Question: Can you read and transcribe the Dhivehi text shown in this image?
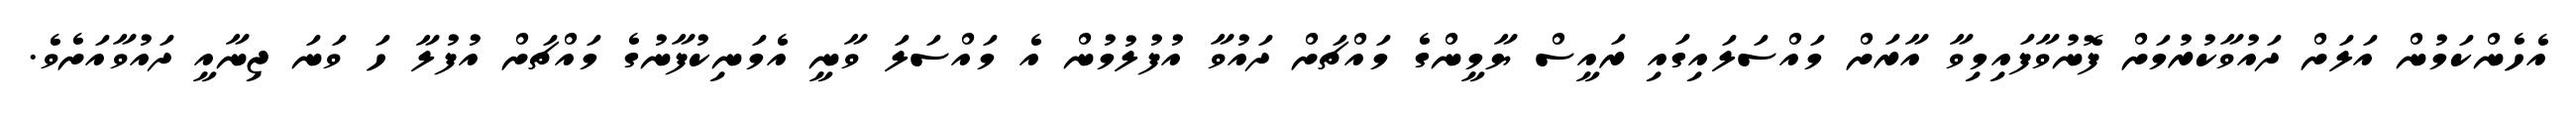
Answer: އެހެންކަމުން އަލަށް ދައުވާކުރުމަށް ފޮނުވާފައިމިވާ އާރަށް މައްސަލައިގައި ރައީސް ޔާމީންގެ މައްޗަށް ދައުވާ އުފުލުމުން އެ މައްސަލަ ވާނީ އެމަނިކުފާނުގެ މައްޗަށް އުފުލާ ހަ ވަނަ ޖިނާއީ ދައުވާއަށެވެ.